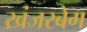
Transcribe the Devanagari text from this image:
खंजरबेग